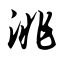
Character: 洮